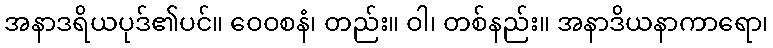
အနာဒရိယပုဒ်၏ပင်။ ဝေဝစနံ၊ တည်း။ ဝါ၊ တစ်နည်း။ အနာဒိယနာကာရော၊